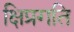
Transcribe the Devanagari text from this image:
क्षिप्रगति